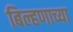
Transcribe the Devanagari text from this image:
बिल्हणाच्या